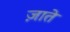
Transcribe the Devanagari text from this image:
ज़ाते